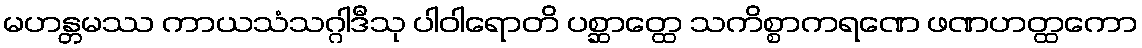
မဟန္တမဿ ကာယသံသဂ္ဂါဒီသု ပါဝါရောတိ ပစ္ဆာတ္ထေ သကိစ္စာကရဏေ ဖဏဟတ္ထကော